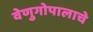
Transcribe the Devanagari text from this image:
वेणुगोपालाचे